Vaccine operations Central Provinces & Berar 1912-1920 - 1912-1920
Year: 1912
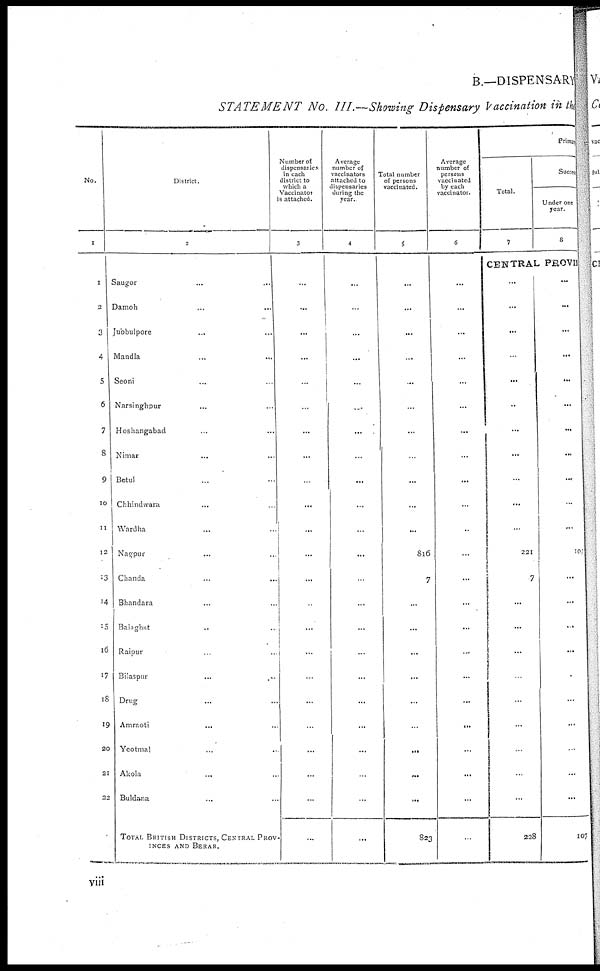
B.—DISPENSARY
STATEMENT No. III.—Showing Dispensary Vaccination in the
No.
1
1
2
3
4
5
6
7
8
9
10
11
12
13
14
15
16
17
18
19
20
21
22
District.
2
Saugor ... ...
Damoh ... ...
Jubbulpore ... ...
Mandla
...
...
Seoni ... ...
Narsinghpur ... ...
Hoshangabad ... ...
Nimar ... ...
Betul ... ...
Chhindwara ... ...
Wardha ... ...
Nagpur ... ...
Chanda
...
...
Bhandara
...
...
Balaghat ... ...
Raipur ... ...
Bilaspur
...
...
Drug ... ...
Amraoti
... ...
Yeotmal ... ...
Akola ... ...
Buldana ... ...
TOTAL BRITISH DISTRICTS, CENTRAL PROV-
----- AND BERAR.
Number of
dispensaries
in each
district to
which a
Vaccinator
is attached.
3
...
...
...
...
...
...
...
...
...
...
...
...
...
...
...
...
...
...
...
...
...
...
...
Average
number of
vaccinators
attached to
dispensaries
during the
year.
4
...
...
...
...
...
...
...
...
...
...
...
...
...
...
...
...
...
...
...
...
...
...
...
Total number
of persons
vaccinated.
5
...
...
...
...
...
...
...
...
...
...
...
816
7
...
...
...
...
...
...
...
...
...
823
Average
number of
persons
vaccinated
by each
vaccinator.
6
...
...
...
...
...
...
...
...
...
...
..
...
...
...
...
...
...
...
...
...
...
...
...
Primary
Total.
7
Success
Under one
year.
8
CENTRAL PROVIE
...
...
...
...
...
..
...
...
...
...
...
221
7
...
...
...
...
...
...
...
...
...
228
...
...
...
...
...
...
...
...
...
...
...
107
...
...
...
...
...
...
...
...
...
...
107
viii